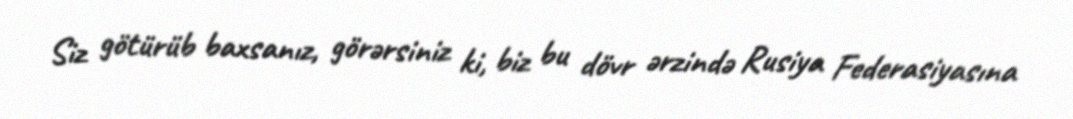
Siz götürüb baxsanız, görərsiniz ki, biz bu dövr ərzində Rusiya Federasiyasına